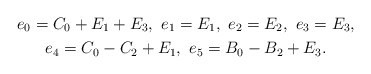
\begin{gather*}e_0=C_0+E_1+E_3,\ e_1=E_1,\ e_2=E_2,\ e_3=E_3,\\e_4=C_0-C_2+E_1,\ e_5=B_0-B_2+E_3.\end{gather*}